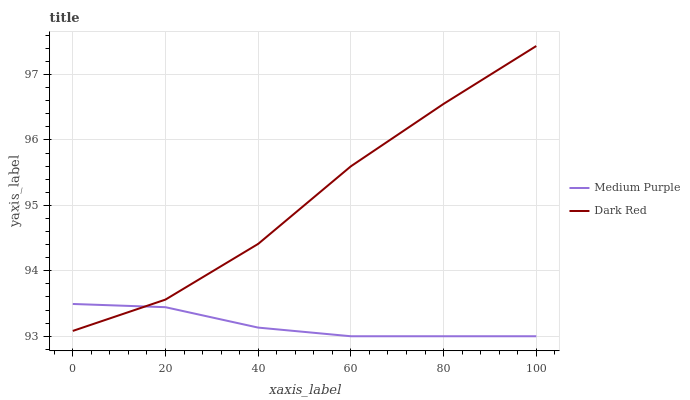
| xaxis_label | Medium Purple | Dark Red |
 | --- | --- | --- |
 | 0 | 93.5 | 93.1 |
 | 20 | 93.4 | 93.6 |
 | 40 | 93.1 | 94.4 |
 | 60 | 93 | 95.6 |
 | 80 | 93 | 96.6 |
 | 100 | 93 | 97.4 |